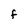
Character: F